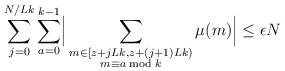
LaTeX: \begin{align*}\sum_{j=0}^{N/Lk}\sum_{a=0}^{k-1}\Bigr\lvert \sum_{\substack{m\in[z+jLk,z+(j+1)Lk)\\m\equiv a \bmod{k}}}\mu(m) \Bigr\rvert\leq \epsilon N\end{align*}